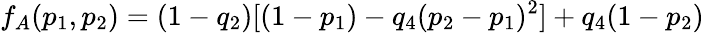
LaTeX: f_{A}(p_{1},p_{2})=(1-q_{2})[(1-p_{1})-q_{4}(p_{2}-p_{1})^{2}]+q_{4}(1-p_{2})